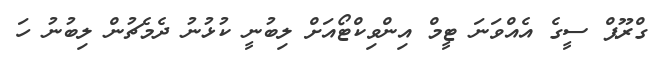
ގްރޫޕް ސީގެ އެއްވަނަ ޓީމް އިންވިކްޓޯއަށް ލިބުނީ ކުޅުނު ދެމެޗުން ލިބުނު ހަ